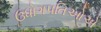
ઉધોગપતિઓએ